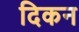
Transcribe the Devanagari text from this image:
दिकन